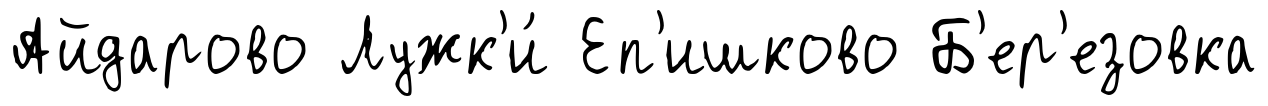
Айдарово Лужк'и́ Еп'ишково Б'ер'езовка